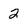
Character: 2